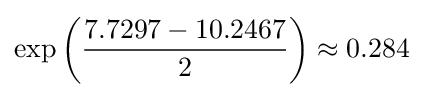
\exp \left({\frac {7.7297-10.2467}{2}}\right)\approx 0.284